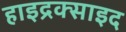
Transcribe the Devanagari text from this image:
हाइद्रक्साइद